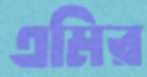
এমির